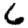
Digit: 6